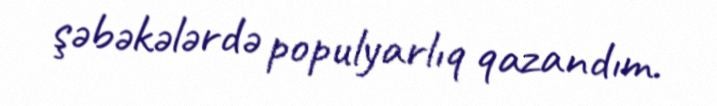
şəbəkələrdə populyarlıq qazandım.